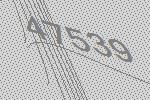
47539